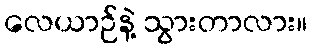
လေယာဉ်နဲ့ သွားတာလား။